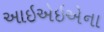
આઇએઇએના